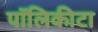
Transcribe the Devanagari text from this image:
पॉलिकीटा